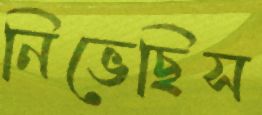
নিভেছিস